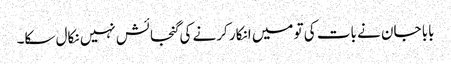
بابا جان نے بات کی تو میں انکار کرنے کی گنجائش نہیں نکال سکا۔